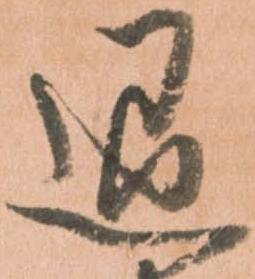
退